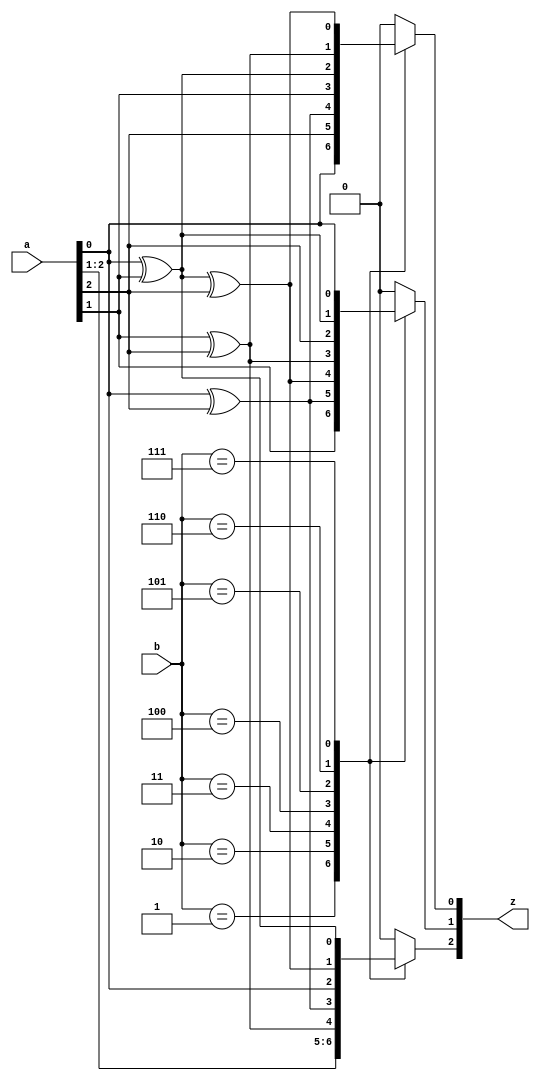
module gf8mul(
    input       [2:0] a,
    input       [2:0] b,
    output  reg [2:0] z
);
always @(*)
begin
    case (b)
        3'd1:
            begin
                z[0] = a[0];
                z[1] = a[1];
                z[2] = a[2];
            end
        3'd2:
            begin
                z[0] = a[2];
                z[1] = a[0] ^ a[2];
                z[2] = a[1];
            end
        3'd3:
            begin
                z[0] = a[0] ^ a[2];
                z[1] = a[0] ^ a[1] ^ a[2];
                z[2] = a[1] ^ a[2];
            end
        3'd4:
            begin
                z[0] = a[1];
                z[1] = a[1] ^ a[2];
                z[2] = a[0] ^ a[2];
            end
        3'd5:
            begin
                z[0] = a[0] ^ a[1];
                z[1] = a[2];
                z[2] = a[0];
            end
        3'd6:
            begin
                z[0] = a[1] ^ a[2];
                z[1] = a[0] ^ a[1];
                z[2] = a[0] ^ a[1] ^ a[2];
            end
        3'd7:
            begin
                z[0] = a[0] ^ a[1] ^ a[2];
                z[1] = a[0];
                z[2] = a[0] ^ a[1];
            end
        default:
            begin
                z[0] = 0; 
                z[1] = 0; 
                z[2] = 0; 
            end
    endcase
end
endmodule